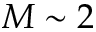
M \sim 2